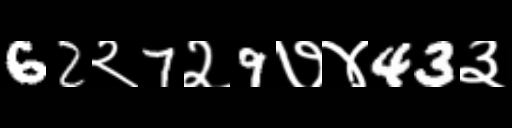
Text: 62२7२9७४43३